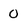
Character: 0